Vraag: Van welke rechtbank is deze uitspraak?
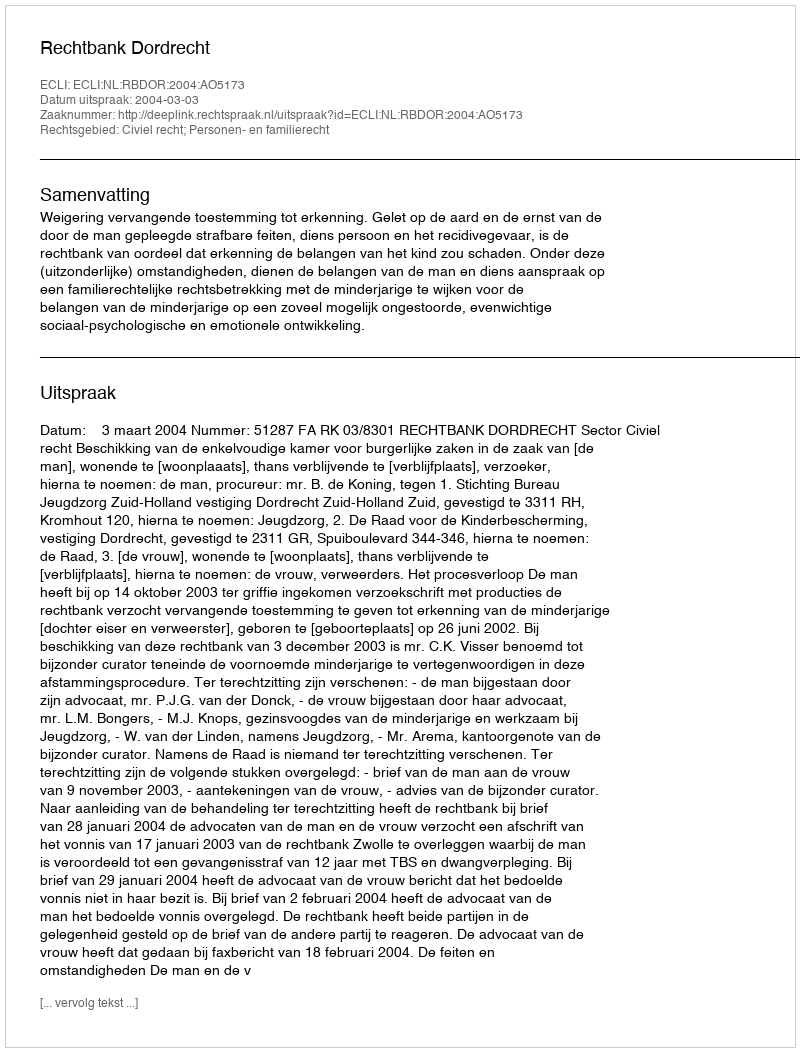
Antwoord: Rechtbank Dordrecht